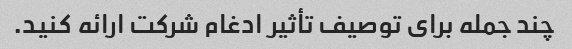
چند جمله برای توصیف تأثیر ادغام شرکت ارائه کنید.